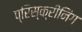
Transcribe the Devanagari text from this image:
प्रिस्क्रीनिंग